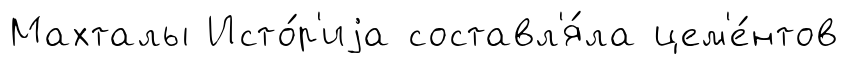
Махталы Исто́р'иjа составл'я́ла цем'е́нтов